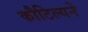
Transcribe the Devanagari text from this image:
कौटिल्‍यने